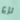
نزع